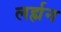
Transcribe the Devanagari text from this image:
लर्ह्मन